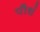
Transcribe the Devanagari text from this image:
पौधं